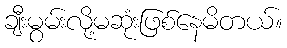
ချီးမွမ်းလို့မဆုံးဖြစ်နေမိတယ်။